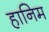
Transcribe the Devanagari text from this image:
हानिम